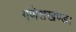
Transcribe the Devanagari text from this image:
गणेशखण्ड।